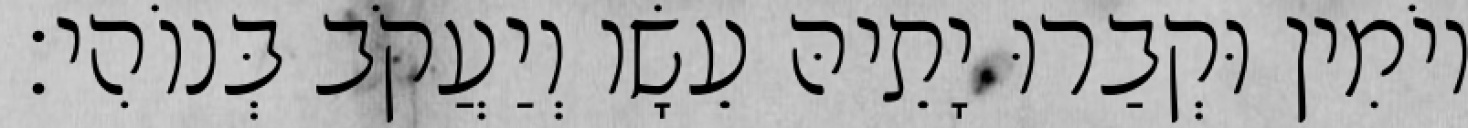
יוֹמִין וּקְבַרוּ יָתֵיהּ עֵשָׂו וְיַעֲקֹב בְּנוֹהִי׃